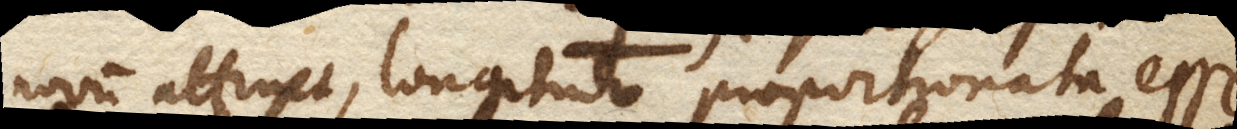
novum attinet, longitudo proportionata esse